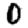
Digit: 0